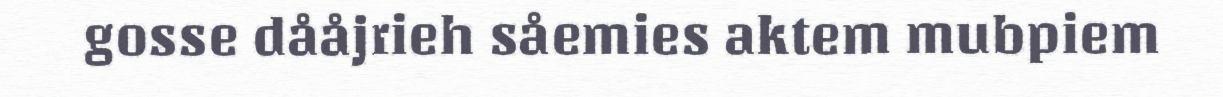
gosse dååjrieh såemies aktem mubpiem